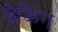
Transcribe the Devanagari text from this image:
ब्रैकिंग